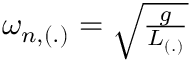
\begin{array} { r } { \omega _ { n , ( . ) } = \sqrt { \frac { g } { L _ { ( . ) } } } } \end{array}